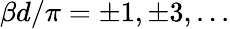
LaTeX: \beta d/\pi=\pm 1,\pm 3,...